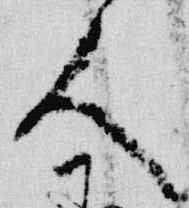
人